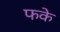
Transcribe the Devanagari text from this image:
फके